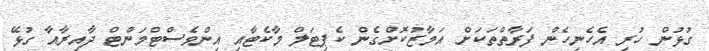
ގުޅުން ހުރި އެހެނިހެން ފަރާތްތަކަށް އަމާޒުކޮށްގެން ކެޕިޓަލް މާކެޓާއި އިންވެސްޓްމަންޓް ދާއިރާއާ ގުޅޭ